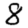
Digit: 8